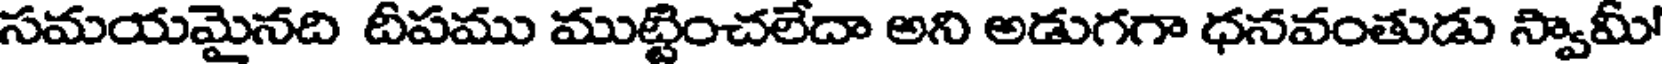
సమయమైనది దీపము ముట్టించలేదా అని అడుగగా ధనవంతుడు స్వామీ